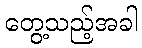
တွေ့သည့်အခါ